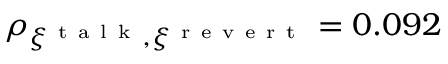
\rho _ { \xi ^ { \mathrm { ~ t ~ a ~ l ~ k ~ } } , \xi ^ { \mathrm { ~ r ~ e ~ v ~ e ~ r ~ t ~ } } } = 0 . 0 9 2